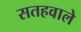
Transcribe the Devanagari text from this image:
सतहवाले